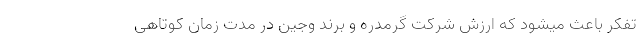
تفکر باعث میشود که ارزش شرکت گرمدره و برند وجین در مدت زمان کوتاهی